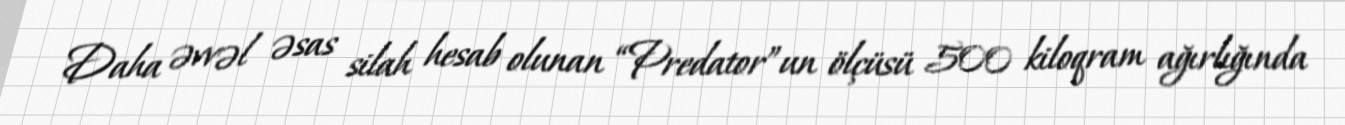
Daha əvvəl əsas silah hesab olunan “Predator”un ölçüsü 500 kiloqram ağırlığında